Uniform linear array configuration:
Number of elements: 64
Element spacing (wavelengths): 0.25
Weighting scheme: binomial
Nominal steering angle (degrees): -30
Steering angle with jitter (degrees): -29.881
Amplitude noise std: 0.05
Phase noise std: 0.05

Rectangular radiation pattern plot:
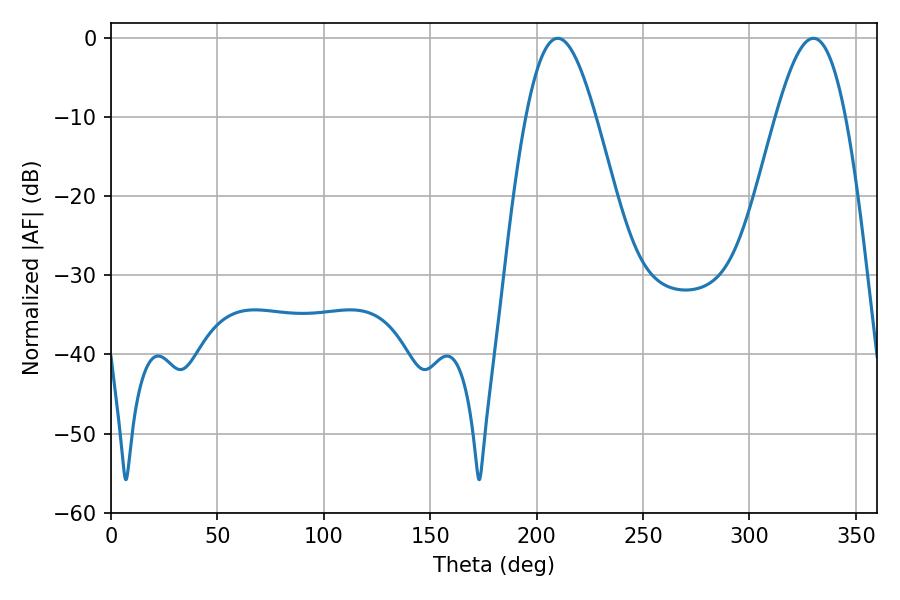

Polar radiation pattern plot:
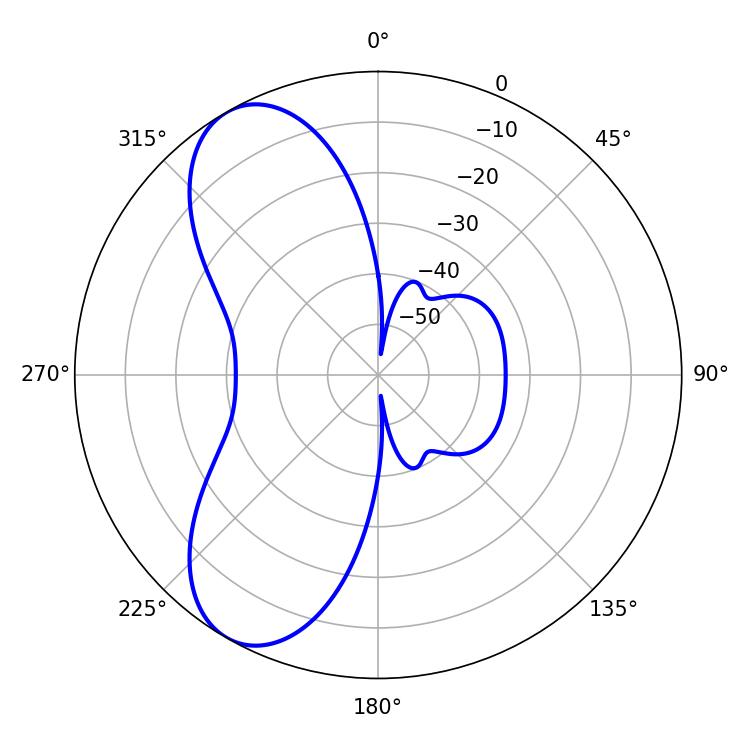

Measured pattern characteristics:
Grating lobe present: FALSE
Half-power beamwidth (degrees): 17.46
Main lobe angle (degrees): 209.88